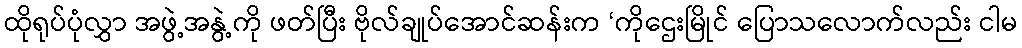
ထိုရုပ်ပုံလွှာ အဖွဲ့အနွဲ့ကို ဖတ်ပြီး ဗိုလ်ချုပ်အောင်ဆန်းက ‘ကိုဌေးမြိုင် ပြောသလောက်လည်း ငါမ